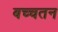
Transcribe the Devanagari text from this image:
बच्चतन